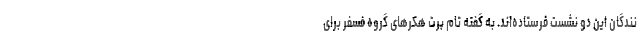
نندگان این دو نشست فرستاده‌اند. به گفته تام برت هکرهای گروه فسفر برای